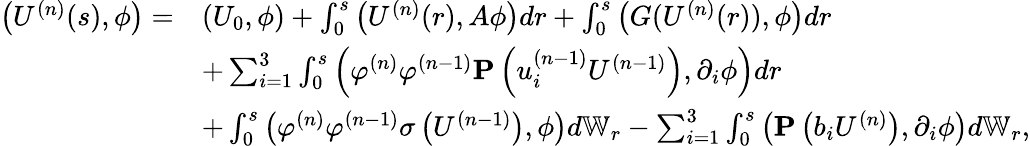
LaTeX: \begin{array}{rl}{\left(U^{(n)}(s),\phi\right)=}&{\left(U_{0},\phi\right)+\int_{0}^{s}\left(U^{(n)}(r),A\phi\right)dr+\int_{0}^{s}\left(G(U^{(n)}(r)),\phi\right)dr}\\ &{+\sum_{i=1}^{3}\int_{0}^{s}\left(\varphi^{(n)}\varphi^{(n-1)}\mathbf{P}\left(u_{i}^{(n-1)}U^{(n-1)}\right),\partial_{i}\phi\right)dr}\\ &{+\int_{0}^{s}\left(\varphi^{(n)}\varphi^{(n-1)}\sigma\left(U^{(n-1)}\right),\phi\right)d\mathbb{W}_{r}-\sum_{i=1}^{3}\int_{0}^{s}\left(\mathbf{P}\left(b_{i}U^{(n)}\right),\partial_{i}\phi\right)d\mathbb{W}_{r},}\end{array}